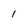
Character: 1